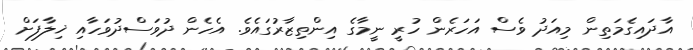
އާދައިގެމަތިން މިއަދު ވެސް އަހަރެން ހުރީ ނީމާގެ އިންތިޒާރުގައެވެ. އެހެން ދުވަސްދުވަހާއި ޚިލާފަށް